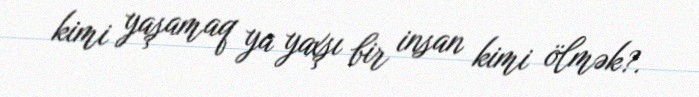
kimi yaşamaq ya yaxşı bir insan kimi ölmək?.